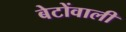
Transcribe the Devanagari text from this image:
बेटोंवाली